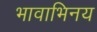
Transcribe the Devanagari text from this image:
भावाभिनय